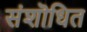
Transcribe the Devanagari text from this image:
संशॊधित